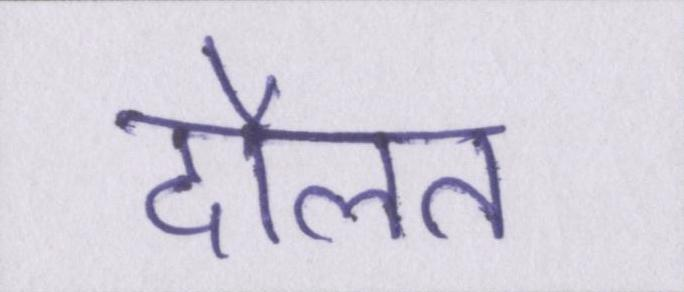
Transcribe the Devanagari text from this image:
दौलत